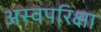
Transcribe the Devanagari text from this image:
अस्वपरिक्षा